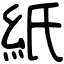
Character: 紙